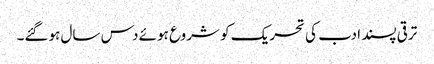
ترقی پسند ادب کی تحریک کو شروع ہوئے دس سال ہوگئے۔